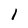
Character: l